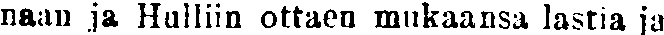
naan ja Hulliin ottaen mukaansa lastia ja